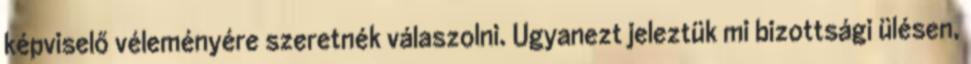
képviselő véleményére szeretnék válaszolni. Ugyanezt jeleztük mi bizottsági ülésen,